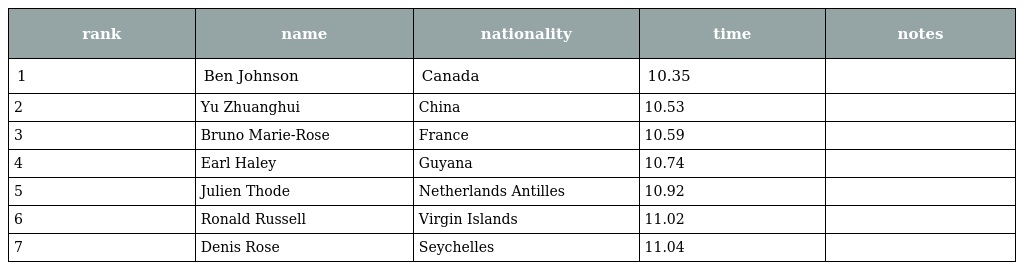
| rank | name | nationality | time | notes |
 | --- | --- | --- | --- | --- |
 | 1 | Ben Johnson | Canada | 10.35 |  |
 | 2 | Yu Zhuanghui | China | 10.53 |  |
 | 3 | Bruno Marie-Rose | France | 10.59 |  |
 | 4 | Earl Haley | Guyana | 10.74 |  |
 | 5 | Julien Thode | Netherlands Antilles | 10.92 |  |
 | 6 | Ronald Russell | Virgin Islands | 11.02 |  |
 | 7 | Denis Rose | Seychelles | 11.04 |  |